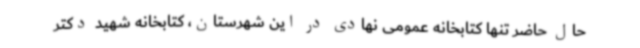
حال حاضر تنها کتابخانه عمومی نهادی در این شهرستان، کتابخانه شهید دکتر